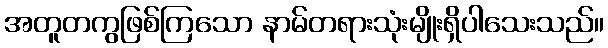
အတူတကွဖြစ်ကြသော နာမ်တရားသုံးမျိုးရှိပါသေးသည်။